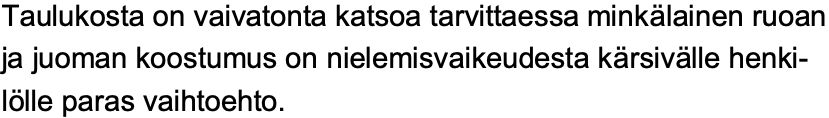
Taulukosta on vaivatonta katsoa tarvittaessa minkälainen ruoan ja juoman koostumus on nielemisvaikeudesta kärsivälle henki- lölle paras vaihtoehto.